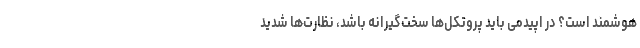
هوشمند است؟ در اپیدمی باید پروتکل‌ها سخت‌گیرانه باشد، نظارت‌ها شدید